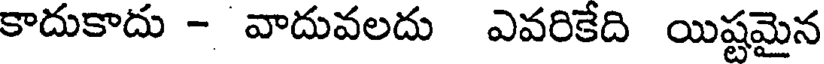
కాదుకాదు - వాదువలదు ఎవరికేది యిష్టమైన